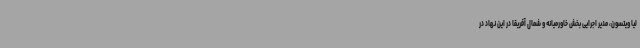
لیا ویتسون، مدیر اجرایی بخش خاورمیانه و شمال آفریقا در این نهاد در